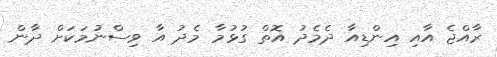
ރާއްޖެ އާއި އިންޑިއާ ދެމެދު އޮތް ގުޅުމާ މެދު އާ ވިސްނުމަކަށް ދާން